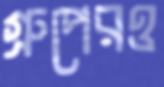
গ্রুপেরও